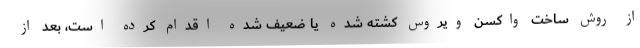
از روش ساخت واکسن ویروس کشته شده یا ضعیف شده اقدام کرده است، بعد از